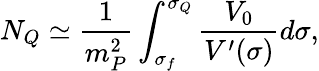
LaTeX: N_{Q}\simeq\frac{1}{m_{P}^{2}}\int_{\sigma_{f}}^{\sigma_{Q}}\frac{V_{0}}{V^{\prime}(\sigma)}d\sigma,